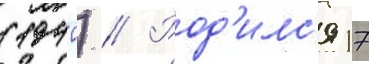
(1940) // Род'илс'я 17